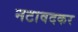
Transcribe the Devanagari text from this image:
नटावदकर